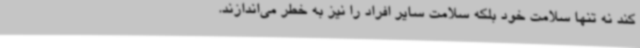
کند نه تنها سلامت خود بلکه سلامت سایر افراد را نیز به خطر می‌اندازند.